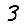
Digit: 3